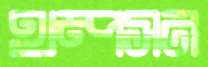
থম্পসন